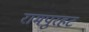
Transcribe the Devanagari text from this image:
रामपुरहट